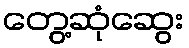
တွေ့ဆုံဆွေး